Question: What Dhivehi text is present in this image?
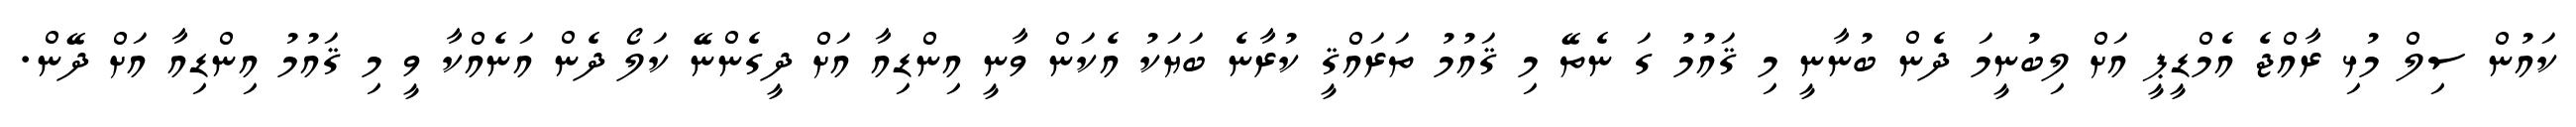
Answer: ކައުން ސިލް މުޅި ރާއްޖެ އެމްޑީޕީ އަށް ލިބުނީމަ ދެން ބުނާނީ މި ޤައުމު ގަ ނެތޭ މި ޤައުމު ތަރައްޤީ ކުރާނެ ބަޔަކު އެކަން ވާނީ އިންޑިއާ އަށް ދީގެންނޭ ކަލޯ ދެން އަނެއްކާ ވީ މި ޤައުމު އިންޑިއާ އަށް ދޭން.